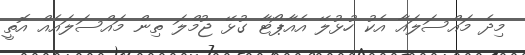
މިދެ މައްސަލައާ އެކު ހުޅުލޭ އެއާޕޯޓާ ގުޅޭ ޖުމްލަ ތިން މައްސަލައެއް އޮތީ